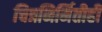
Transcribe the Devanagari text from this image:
चित्रनिर्मितीही